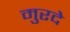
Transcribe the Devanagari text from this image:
मुरदे